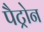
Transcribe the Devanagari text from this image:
पैट्रोन